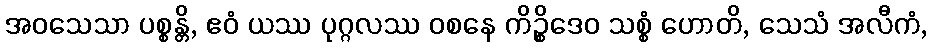
အဝသေသာ ပစ္စန္တိ, ဧဝံ ယဿ ပုဂ္ဂလဿ ဝစနေ ကိဉ္စိဒေဝ သစ္စံ ဟောတိ, သေသံ အလီကံ,